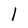
Character: 1